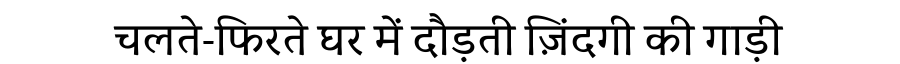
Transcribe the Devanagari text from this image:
चलते-फिरते घर में दौड़ती ज़िंदगी की गाड़ी